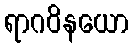
ရာဂဝိနယော